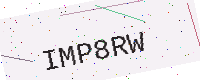
Text: IMP8RW